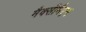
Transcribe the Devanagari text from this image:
मैक्सीमैएन